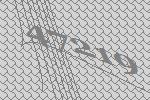
47219